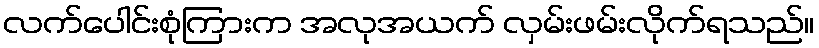
လက်ပေါင်းစုံကြားက အလုအယက် လှမ်းဖမ်းလိုက်ရသည်။